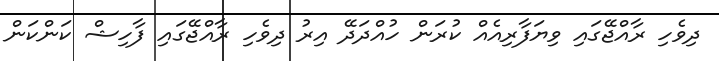
ދިވެހި ރާއްޖޭގައި ވިޔަފާރިއެއް ކުރަން ހުއްދަދޭ އިރު ދިވެހި ރާއްޖޭގައި ފާހިޝް ކަންކަން